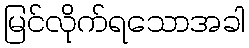
မြင်လိုက်ရသောအခါ